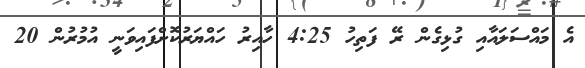
އެ މައްސަލައާއި ގުޅިގެން ރޭ ފަތިހު 4:25 ހާއިރު ހައްޔަރުކޮށްފައިވަނީ އުމުރުން 20